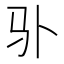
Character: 𲌄